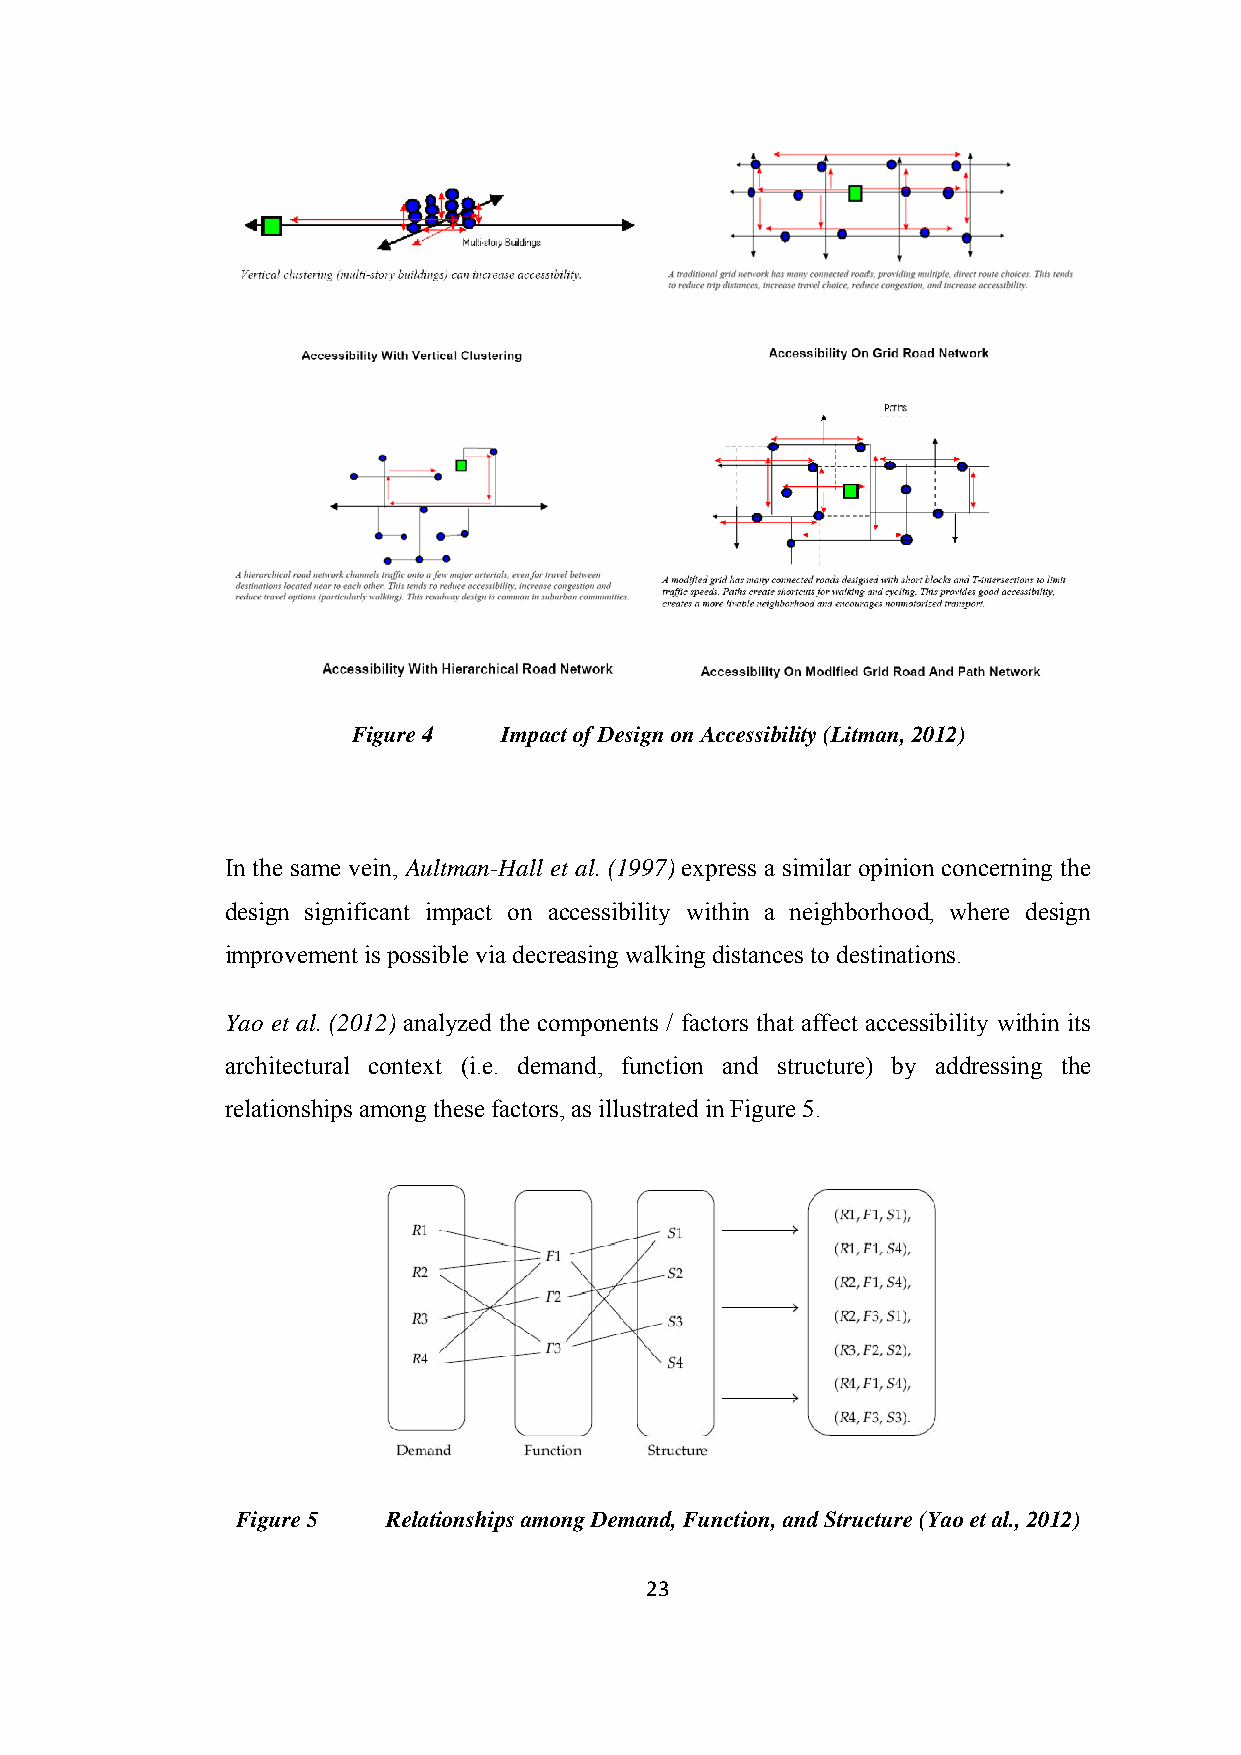
Figure 4  Impact of Design on Accessibility (Litman, 2012)
 In the same vein, Aultman-Hall et al. (1997) express a similar opinion concerning the
 design significant impact on accessibility within a neighborhood, where design
 improvement is possible via decreasing walking distances to destinations.
 Yao et al. (2012) analyzed the components / factors that affect accessibility within its
 architectural context (i.e. demand, function and structure) by addressing the
 relationships among these factors, as illustrated in Figure 5.
 Figure 5  Relationships among Demand, Function, and Structure (Yao et al., 2012)
 23